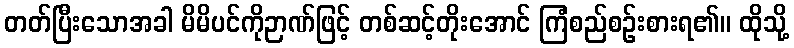
တတ်ပြီးသောအခါ မိမိပင်ကိုဉာဏ်ဖြင့် တစ်ဆင့်တိုးအောင် ကြံစည်စဉ်းစားရ၏။ ထိုသို့